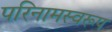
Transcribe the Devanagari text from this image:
परिनामस्वरूप